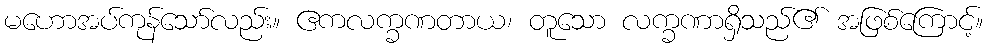
မဟောအပ်ကုန်သော်လည်း။ ဧကလက္ခဏတာယ၊ တူသော လက္ခဏာရှိသည်၏ အဖြစ်ကြောင့်။